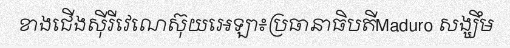
ខាងជើងស៊ីរីវេណេស៊ុយអេឡា៖ប្រធានាធិបតីMaduro សង្ឃឹម